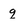
Character: q